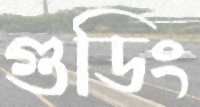
গুডিং